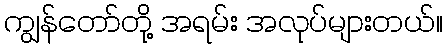
ကျွန်တော်တို့ အရမ်း အလုပ်များတယ်။